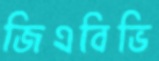
জিএবিভি